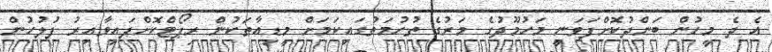
އެ ދެ މީހުން ބަންދުކޮށްފަވަނީ މަހުމޫދުގެ މަރުގެ ތުހުމަތުގައިކަމަށް މީޑިއާތަކުން ރިޕޯޓްކޮށްފައިވާއިރު ފުލުހުން